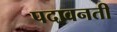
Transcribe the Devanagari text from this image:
पदावनती